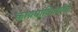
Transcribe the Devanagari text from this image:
कायद्याविषयीचे